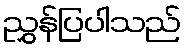
ညွှန်ပြပါသည်